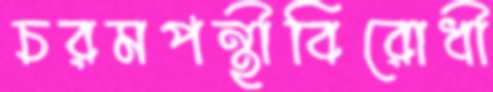
চরমপন্থীবিরোধী